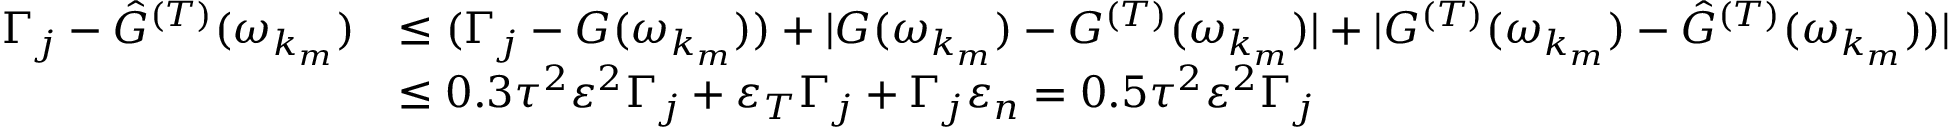
\begin{array} { r l } { \Gamma _ { j } - \hat { G } ^ { ( T ) } ( \omega _ { k _ { m } } ) } & { \leq ( \Gamma _ { j } - { G } ( \omega _ { k _ { m } } ) ) + | { G } ( \omega _ { k _ { m } } ) - { G } ^ { ( T ) } ( \omega _ { k _ { m } } ) | + | { G } ^ { ( T ) } ( \omega _ { k _ { m } } ) - \hat { G } ^ { ( T ) } ( \omega _ { k _ { m } } ) ) | } \\ & { \leq 0 . 3 \tau ^ { 2 } \varepsilon ^ { 2 } \Gamma _ { j } + \varepsilon _ { T } \Gamma _ { j } + \Gamma _ { j } \varepsilon _ { n } = 0 . 5 \tau ^ { 2 } \varepsilon ^ { 2 } \Gamma _ { j } } \end{array}